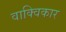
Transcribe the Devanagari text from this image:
वाक्विकार